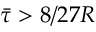
\bar { \tau } > 8 / 2 7 R